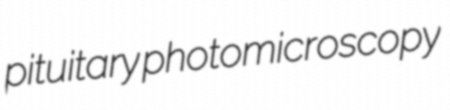
pituitary photomicroscopy